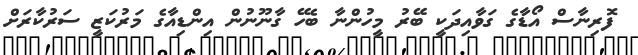
ފޮރިނާސް އޯޑާގެ ގަވާއިދަކީ ބޭރު މީހުންނާ ބެހޭ ގާނޫނުން އިންޑިއާގެ މަރުކަޒީ ސަރުކާރަށް